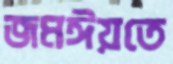
জমঈয়তে